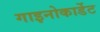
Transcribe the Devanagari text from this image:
गाइनोकार्डेट